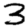
Digit: 3